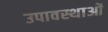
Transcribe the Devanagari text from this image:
उपावस्थाओं